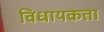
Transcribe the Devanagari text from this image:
विधायकता